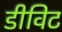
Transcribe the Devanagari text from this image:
डीविट